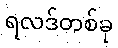
ရလဒ်တစ်ခု